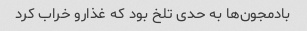
بادمجون‌ها به حدی تلخ بود که غذارو خراب کرد